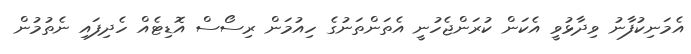
އެމަނިކުފާނު ވިދާޅުވީ އެކަން ކުރަންޖެހުނީ އެތަންތަނުގެ ހިއުމަން ރިސޯސް އޮޑިޓެއް ހެދިފައި ނެތުމުން